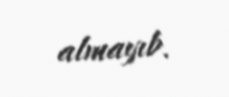
almayıb.